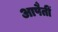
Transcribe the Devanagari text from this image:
आपैतीं